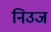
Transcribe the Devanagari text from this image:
निउज